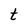
Character: t